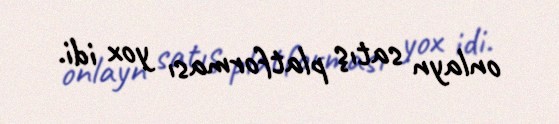
onlayn satış platforması yox idi.